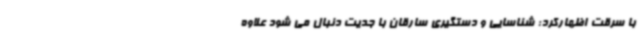
با سرقت اظهارکرد: شناسایی و دستگیری سارقان با جدیت دنبال می شود علاوه